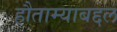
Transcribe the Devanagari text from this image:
हौताम्याबद्दल